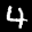
Label: 4